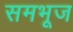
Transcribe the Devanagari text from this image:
समभूज